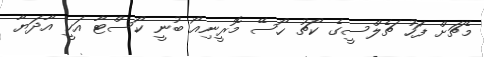
މެޗަށް ފަހު ޗެލްސީގެ ކޯޗު ހޯސޭ މޮރީނިއޯ ބުނީ ކޯސްޓާ އަކީ އާދަޔާ